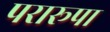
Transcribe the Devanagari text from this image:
परारूपा